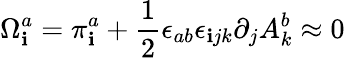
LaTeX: \Omega_{\mathbf{i}}^{a}=\pi_{\mathbf{i}}^{a}+\frac{{1}}{{2}}\epsilon_{ab}\epsilon_{\mathbf{i}jk}\partial_{j}A_{k}^{b}\approx0